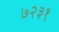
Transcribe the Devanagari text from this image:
७२३१